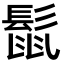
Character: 𮫈